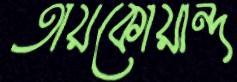
তায়কোয়ান্দ